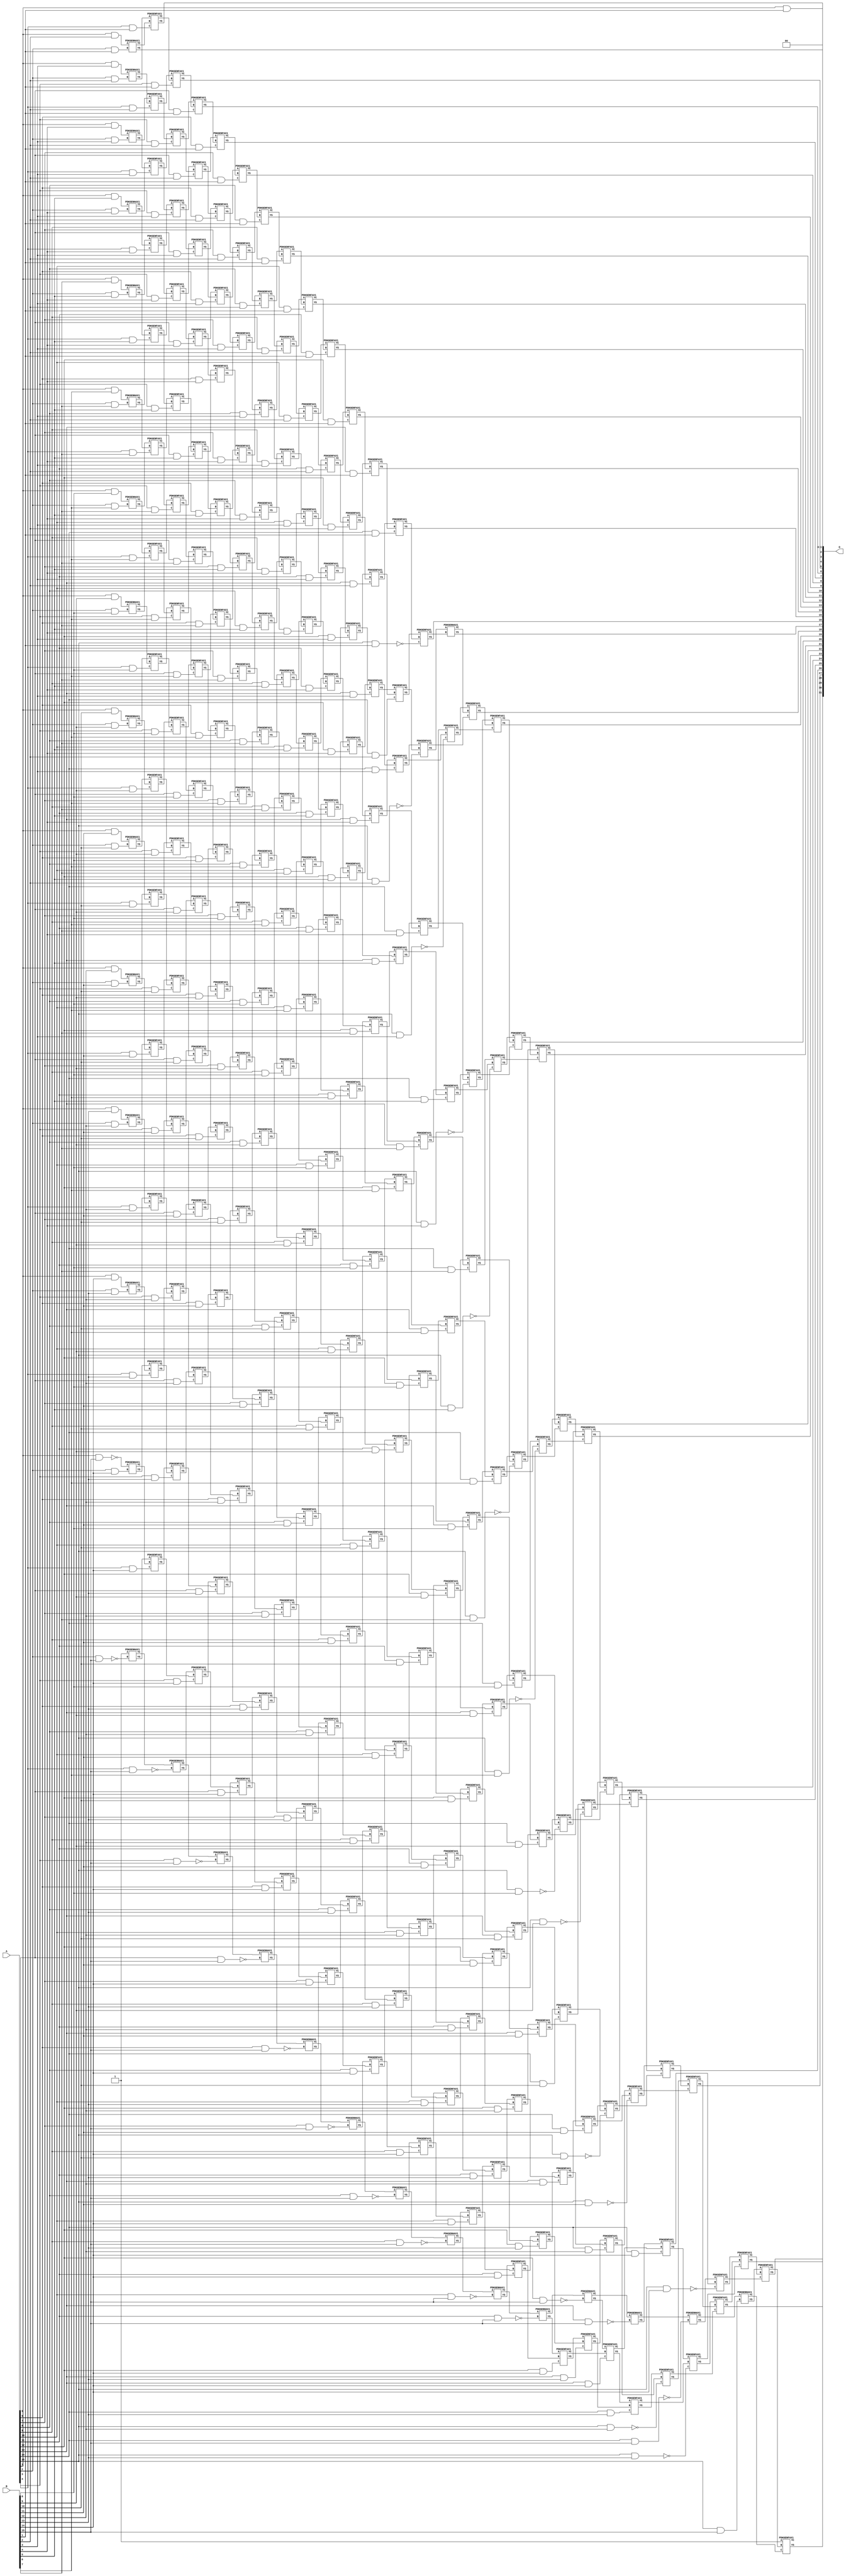
// This program was cloned from: https://github.com/ehw-fit/evoapproxlib
// License: MIT License

/***
* This code is a part of EvoApproxLib library (ehw.fit.vutbr.cz/approxlib) distributed under The MIT License.
* When used, please cite the following article(s): V. Mrazek, Z. Vasicek, L. Sekanina, H. Jiang and J. Han, "Scalable Construction of Approximate Multipliers With Formally Guaranteed Worst Case Error" in IEEE Transactions on Very Large Scale Integration (VLSI) Systems, vol. 26, no. 11, pp. 2572-2576, Nov. 2018. doi: 10.1109/TVLSI.2018.2856362 
* This file contains a circuit from a sub-set of pareto optimal circuits with respect to the pwr and mae parameters
***/
// MAE% = 0.00032 %
// MAE = 13653 
// WCE% = 0.0015 %
// WCE = 65535 
// WCRE% = 300.00 %
// EP% = 75.00 %
// MRE% = 0.034 %
// MSE = 35791.394e4 
// PDK45_PWR = 2.130 mW
// PDK45_AREA = 2576.5 um2
// PDK45_DELAY = 2.98 ns


module mul16s_HDG ( A, B, O );
  input [15:0] A;
  input [15:0] B;
  output [31:0] O;

  wire C_10_1,C_10_10,C_10_11,C_10_12,C_10_13,C_10_14,C_10_15,C_10_2,C_10_3,C_10_4,C_10_5,C_10_6,C_10_7,C_10_8,C_10_9,C_11_1,C_11_10,C_11_11,C_11_12,C_11_13,C_11_14,C_11_15,C_11_2,C_11_3,C_11_4,C_11_5,C_11_6,C_11_7,C_11_8,C_11_9,C_12_1,C_12_10,C_12_11,C_12_12,C_12_13,C_12_14,C_12_15,C_12_2,C_12_3,C_12_4,C_12_5,C_12_6,C_12_7,C_12_8,C_12_9,C_13_1,C_13_10,C_13_11,C_13_12,C_13_13,C_13_14,C_13_15,C_13_2,C_13_3,C_13_4,C_13_5,C_13_6,C_13_7,C_13_8,C_13_9,C_14_1,C_14_10,C_14_11,C_14_12,C_14_13,C_14_14,C_14_15,C_14_2,C_14_3,C_14_4,C_14_5,C_14_6,C_14_7,C_14_8,C_14_9,C_15_1,C_15_10,C_15_11,C_15_12,C_15_13,C_15_14,C_15_15,C_15_2,C_15_3,C_15_4,C_15_5,C_15_6,C_15_7,C_15_8,C_15_9,C_16_1,C_16_10,C_16_11,C_16_12,C_16_13,C_16_14,C_16_15,C_16_2,C_16_3,C_16_4,C_16_5,C_16_6,C_16_7,C_16_8,C_16_9,C_2_1,C_2_10,C_2_11,C_2_12,C_2_13,C_2_14,C_2_15,C_2_2,C_2_3,C_2_4,C_2_5,C_2_6,C_2_7,C_2_8,C_2_9,C_3_1,C_3_10,C_3_11,C_3_12,C_3_13,C_3_14,C_3_15,C_3_2,C_3_3,C_3_4,C_3_5,C_3_6,C_3_7,C_3_8,C_3_9,C_4_1,C_4_10,C_4_11,C_4_12,C_4_13,C_4_14,C_4_15,C_4_2,C_4_3,C_4_4,C_4_5,C_4_6,C_4_7,C_4_8,C_4_9,C_5_1,C_5_10,C_5_11,C_5_12,C_5_13,C_5_14,C_5_15,C_5_2,C_5_3,C_5_4,C_5_5,C_5_6,C_5_7,C_5_8,C_5_9,C_6_1,C_6_10,C_6_11,C_6_12,C_6_13,C_6_14,C_6_15,C_6_2,C_6_3,C_6_4,C_6_5,C_6_6,C_6_7,C_6_8,C_6_9,C_7_1,C_7_10,C_7_11,C_7_12,C_7_13,C_7_14,C_7_15,C_7_2,C_7_3,C_7_4,C_7_5,C_7_6,C_7_7,C_7_8,C_7_9,C_8_1,C_8_10,C_8_11,C_8_12,C_8_13,C_8_14,C_8_15,C_8_2,C_8_3,C_8_4,C_8_5,C_8_6,C_8_7,C_8_8,C_8_9,C_9_1,C_9_10,C_9_11,C_9_12,C_9_13,C_9_14,C_9_15,C_9_2,C_9_3,C_9_4,C_9_5,C_9_6,C_9_7,C_9_8,C_9_9,S_10_0,S_10_1,S_10_10,S_10_11,S_10_12,S_10_13,S_10_14,S_10_15,S_10_2,S_10_3,S_10_4,S_10_5,S_10_6,S_10_7,S_10_8,S_10_9,S_11_0,S_11_1,S_11_10,S_11_11,S_11_12,S_11_13,S_11_14,S_11_15,S_11_2,S_11_3,S_11_4,S_11_5,S_11_6,S_11_7,S_11_8,S_11_9,S_12_0,S_12_1,S_12_10,S_12_11,S_12_12,S_12_13,S_12_14,S_12_15,S_12_2,S_12_3,S_12_4,S_12_5,S_12_6,S_12_7,S_12_8,S_12_9,S_13_0,S_13_1,S_13_10,S_13_11,S_13_12,S_13_13,S_13_14,S_13_15,S_13_2,S_13_3,S_13_4,S_13_5,S_13_6,S_13_7,S_13_8,S_13_9,S_14_0,S_14_1,S_14_10,S_14_11,S_14_12,S_14_13,S_14_14,S_14_15,S_14_2,S_14_3,S_14_4,S_14_5,S_14_6,S_14_7,S_14_8,S_14_9,S_15_0,S_15_1,S_15_10,S_15_11,S_15_12,S_15_13,S_15_14,S_15_15,S_15_2,S_15_3,S_15_4,S_15_5,S_15_6,S_15_7,S_15_8,S_15_9,S_16_0,S_16_1,S_16_10,S_16_11,S_16_12,S_16_13,S_16_14,S_16_15,S_16_2,S_16_3,S_16_4,S_16_5,S_16_6,S_16_7,S_16_8,S_16_9,S_1_1,S_1_10,S_1_11,S_1_12,S_1_13,S_1_14,S_1_15,S_1_2,S_1_3,S_1_4,S_1_5,S_1_6,S_1_7,S_1_8,S_1_9,S_2_0,S_2_1,S_2_10,S_2_11,S_2_12,S_2_13,S_2_14,S_2_15,S_2_2,S_2_3,S_2_4,S_2_5,S_2_6,S_2_7,S_2_8,S_2_9,S_3_0,S_3_1,S_3_10,S_3_11,S_3_12,S_3_13,S_3_14,S_3_15,S_3_2,S_3_3,S_3_4,S_3_5,S_3_6,S_3_7,S_3_8,S_3_9,S_4_0,S_4_1,S_4_10,S_4_11,S_4_12,S_4_13,S_4_14,S_4_15,S_4_2,S_4_3,S_4_4,S_4_5,S_4_6,S_4_7,S_4_8,S_4_9,S_5_0,S_5_1,S_5_10,S_5_11,S_5_12,S_5_13,S_5_14,S_5_15,S_5_2,S_5_3,S_5_4,S_5_5,S_5_6,S_5_7,S_5_8,S_5_9,S_6_0,S_6_1,S_6_10,S_6_11,S_6_12,S_6_13,S_6_14,S_6_15,S_6_2,S_6_3,S_6_4,S_6_5,S_6_6,S_6_7,S_6_8,S_6_9,S_7_0,S_7_1,S_7_10,S_7_11,S_7_12,S_7_13,S_7_14,S_7_15,S_7_2,S_7_3,S_7_4,S_7_5,S_7_6,S_7_7,S_7_8,S_7_9,S_8_0,S_8_1,S_8_10,S_8_11,S_8_12,S_8_13,S_8_14,S_8_15,S_8_2,S_8_3,S_8_4,S_8_5,S_8_6,S_8_7,S_8_8,S_8_9,S_9_0,S_9_1,S_9_10,S_9_11,S_9_12,S_9_13,S_9_14,S_9_15,S_9_2,S_9_3,S_9_4,S_9_5,S_9_6,S_9_7,S_9_8,S_9_9;

  assign S_1_1 = (A[1] & B[1]);
  assign S_1_2 = (A[1] & B[2]);
  assign S_1_3 = (A[1] & B[3]);
  assign S_1_4 = (A[1] & B[4]);
  assign S_1_5 = (A[1] & B[5]);
  assign S_1_6 = (A[1] & B[6]);
  assign S_1_7 = (A[1] & B[7]);
  assign S_1_8 = (A[1] & B[8]);
  assign S_1_9 = (A[1] & B[9]);
  assign S_1_10 = (A[1] & B[10]);
  assign S_1_11 = (A[1] & B[11]);
  assign S_1_12 = (A[1] & B[12]);
  assign S_1_13 = (A[1] & B[13]);
  assign S_1_14 = (A[1] & B[14]);
  assign S_1_15 = ~(A[1] & B[15]);
  assign S_2_0 = S_1_1;
  PDKGENHAX1 U5474 (.A(S_1_2), .B((A[2] & B[1])), .YS(S_2_1), .YC(C_2_1));
  PDKGENHAX1 U5475 (.A(S_1_3), .B((A[2] & B[2])), .YS(S_2_2), .YC(C_2_2));
  PDKGENHAX1 U5476 (.A(S_1_4), .B((A[2] & B[3])), .YS(S_2_3), .YC(C_2_3));
  PDKGENHAX1 U5477 (.A(S_1_5), .B((A[2] & B[4])), .YS(S_2_4), .YC(C_2_4));
  PDKGENHAX1 U5478 (.A(S_1_6), .B((A[2] & B[5])), .YS(S_2_5), .YC(C_2_5));
  PDKGENHAX1 U5479 (.A(S_1_7), .B((A[2] & B[6])), .YS(S_2_6), .YC(C_2_6));
  PDKGENHAX1 U5480 (.A(S_1_8), .B((A[2] & B[7])), .YS(S_2_7), .YC(C_2_7));
  PDKGENHAX1 U5481 (.A(S_1_9), .B((A[2] & B[8])), .YS(S_2_8), .YC(C_2_8));
  PDKGENHAX1 U5482 (.A(S_1_10), .B((A[2] & B[9])), .YS(S_2_9), .YC(C_2_9));
  PDKGENHAX1 U5483 (.A(S_1_11), .B((A[2] & B[10])), .YS(S_2_10), .YC(C_2_10));
  PDKGENHAX1 U5484 (.A(S_1_12), .B((A[2] & B[11])), .YS(S_2_11), .YC(C_2_11));
  PDKGENHAX1 U5485 (.A(S_1_13), .B((A[2] & B[12])), .YS(S_2_12), .YC(C_2_12));
  PDKGENHAX1 U5486 (.A(S_1_14), .B((A[2] & B[13])), .YS(S_2_13), .YC(C_2_13));
  PDKGENHAX1 U5487 (.A(S_1_15), .B((A[2] & B[14])), .YS(S_2_14), .YC(C_2_14));
  PDKGENHAX1 U5488 (.A(1'b1), .B(~(A[2] & B[15])), .YS(S_2_15), .YC(C_2_15));
  assign S_3_0 = S_2_1;
  PDKGENFAX1 U5490 (.A(S_2_2), .B(C_2_1), .C((A[3] & B[1])), .YS(S_3_1), .YC(C_3_1));
  PDKGENFAX1 U5491 (.A(S_2_3), .B(C_2_2), .C((A[3] & B[2])), .YS(S_3_2), .YC(C_3_2));
  PDKGENFAX1 U5492 (.A(S_2_4), .B(C_2_3), .C((A[3] & B[3])), .YS(S_3_3), .YC(C_3_3));
  PDKGENFAX1 U5493 (.A(S_2_5), .B(C_2_4), .C((A[3] & B[4])), .YS(S_3_4), .YC(C_3_4));
  PDKGENFAX1 U5494 (.A(S_2_6), .B(C_2_5), .C((A[3] & B[5])), .YS(S_3_5), .YC(C_3_5));
  PDKGENFAX1 U5495 (.A(S_2_7), .B(C_2_6), .C((A[3] & B[6])), .YS(S_3_6), .YC(C_3_6));
  PDKGENFAX1 U5496 (.A(S_2_8), .B(C_2_7), .C((A[3] & B[7])), .YS(S_3_7), .YC(C_3_7));
  PDKGENFAX1 U5497 (.A(S_2_9), .B(C_2_8), .C((A[3] & B[8])), .YS(S_3_8), .YC(C_3_8));
  PDKGENFAX1 U5498 (.A(S_2_10), .B(C_2_9), .C((A[3] & B[9])), .YS(S_3_9), .YC(C_3_9));
  PDKGENFAX1 U5499 (.A(S_2_11), .B(C_2_10), .C((A[3] & B[10])), .YS(S_3_10), .YC(C_3_10));
  PDKGENFAX1 U5500 (.A(S_2_12), .B(C_2_11), .C((A[3] & B[11])), .YS(S_3_11), .YC(C_3_11));
  PDKGENFAX1 U5501 (.A(S_2_13), .B(C_2_12), .C((A[3] & B[12])), .YS(S_3_12), .YC(C_3_12));
  PDKGENFAX1 U5502 (.A(S_2_14), .B(C_2_13), .C((A[3] & B[13])), .YS(S_3_13), .YC(C_3_13));
  PDKGENFAX1 U5503 (.A(S_2_15), .B(C_2_14), .C((A[3] & B[14])), .YS(S_3_14), .YC(C_3_14));
  PDKGENHAX1 U5504 (.A(C_2_15), .B(~(A[3] & B[15])), .YS(S_3_15), .YC(C_3_15));
  assign S_4_0 = S_3_1;
  PDKGENFAX1 U5506 (.A(S_3_2), .B(C_3_1), .C((A[4] & B[1])), .YS(S_4_1), .YC(C_4_1));
  PDKGENFAX1 U5507 (.A(S_3_3), .B(C_3_2), .C((A[4] & B[2])), .YS(S_4_2), .YC(C_4_2));
  PDKGENFAX1 U5508 (.A(S_3_4), .B(C_3_3), .C((A[4] & B[3])), .YS(S_4_3), .YC(C_4_3));
  PDKGENFAX1 U5509 (.A(S_3_5), .B(C_3_4), .C((A[4] & B[4])), .YS(S_4_4), .YC(C_4_4));
  PDKGENFAX1 U5510 (.A(S_3_6), .B(C_3_5), .C((A[4] & B[5])), .YS(S_4_5), .YC(C_4_5));
  PDKGENFAX1 U5511 (.A(S_3_7), .B(C_3_6), .C((A[4] & B[6])), .YS(S_4_6), .YC(C_4_6));
  PDKGENFAX1 U5512 (.A(S_3_8), .B(C_3_7), .C((A[4] & B[7])), .YS(S_4_7), .YC(C_4_7));
  PDKGENFAX1 U5513 (.A(S_3_9), .B(C_3_8), .C((A[4] & B[8])), .YS(S_4_8), .YC(C_4_8));
  PDKGENFAX1 U5514 (.A(S_3_10), .B(C_3_9), .C((A[4] & B[9])), .YS(S_4_9), .YC(C_4_9));
  PDKGENFAX1 U5515 (.A(S_3_11), .B(C_3_10), .C((A[4] & B[10])), .YS(S_4_10), .YC(C_4_10));
  PDKGENFAX1 U5516 (.A(S_3_12), .B(C_3_11), .C((A[4] & B[11])), .YS(S_4_11), .YC(C_4_11));
  PDKGENFAX1 U5517 (.A(S_3_13), .B(C_3_12), .C((A[4] & B[12])), .YS(S_4_12), .YC(C_4_12));
  PDKGENFAX1 U5518 (.A(S_3_14), .B(C_3_13), .C((A[4] & B[13])), .YS(S_4_13), .YC(C_4_13));
  PDKGENFAX1 U5519 (.A(S_3_15), .B(C_3_14), .C((A[4] & B[14])), .YS(S_4_14), .YC(C_4_14));
  PDKGENHAX1 U5520 (.A(C_3_15), .B(~(A[4] & B[15])), .YS(S_4_15), .YC(C_4_15));
  assign S_5_0 = S_4_1;
  PDKGENFAX1 U5522 (.A(S_4_2), .B(C_4_1), .C((A[5] & B[1])), .YS(S_5_1), .YC(C_5_1));
  PDKGENFAX1 U5523 (.A(S_4_3), .B(C_4_2), .C((A[5] & B[2])), .YS(S_5_2), .YC(C_5_2));
  PDKGENFAX1 U5524 (.A(S_4_4), .B(C_4_3), .C((A[5] & B[3])), .YS(S_5_3), .YC(C_5_3));
  PDKGENFAX1 U5525 (.A(S_4_5), .B(C_4_4), .C((A[5] & B[4])), .YS(S_5_4), .YC(C_5_4));
  PDKGENFAX1 U5526 (.A(S_4_6), .B(C_4_5), .C((A[5] & B[5])), .YS(S_5_5), .YC(C_5_5));
  PDKGENFAX1 U5527 (.A(S_4_7), .B(C_4_6), .C((A[5] & B[6])), .YS(S_5_6), .YC(C_5_6));
  PDKGENFAX1 U5528 (.A(S_4_8), .B(C_4_7), .C((A[5] & B[7])), .YS(S_5_7), .YC(C_5_7));
  PDKGENFAX1 U5529 (.A(S_4_9), .B(C_4_8), .C((A[5] & B[8])), .YS(S_5_8), .YC(C_5_8));
  PDKGENFAX1 U5530 (.A(S_4_10), .B(C_4_9), .C((A[5] & B[9])), .YS(S_5_9), .YC(C_5_9));
  PDKGENFAX1 U5531 (.A(S_4_11), .B(C_4_10), .C((A[5] & B[10])), .YS(S_5_10), .YC(C_5_10));
  PDKGENFAX1 U5532 (.A(S_4_12), .B(C_4_11), .C((A[5] & B[11])), .YS(S_5_11), .YC(C_5_11));
  PDKGENFAX1 U5533 (.A(S_4_13), .B(C_4_12), .C((A[5] & B[12])), .YS(S_5_12), .YC(C_5_12));
  PDKGENFAX1 U5534 (.A(S_4_14), .B(C_4_13), .C((A[5] & B[13])), .YS(S_5_13), .YC(C_5_13));
  PDKGENFAX1 U5535 (.A(S_4_15), .B(C_4_14), .C((A[5] & B[14])), .YS(S_5_14), .YC(C_5_14));
  PDKGENHAX1 U5536 (.A(C_4_15), .B(~(A[5] & B[15])), .YS(S_5_15), .YC(C_5_15));
  assign S_6_0 = S_5_1;
  PDKGENFAX1 U5538 (.A(S_5_2), .B(C_5_1), .C((A[6] & B[1])), .YS(S_6_1), .YC(C_6_1));
  PDKGENFAX1 U5539 (.A(S_5_3), .B(C_5_2), .C((A[6] & B[2])), .YS(S_6_2), .YC(C_6_2));
  PDKGENFAX1 U5540 (.A(S_5_4), .B(C_5_3), .C((A[6] & B[3])), .YS(S_6_3), .YC(C_6_3));
  PDKGENFAX1 U5541 (.A(S_5_5), .B(C_5_4), .C((A[6] & B[4])), .YS(S_6_4), .YC(C_6_4));
  PDKGENFAX1 U5542 (.A(S_5_6), .B(C_5_5), .C((A[6] & B[5])), .YS(S_6_5), .YC(C_6_5));
  PDKGENFAX1 U5543 (.A(S_5_7), .B(C_5_6), .C((A[6] & B[6])), .YS(S_6_6), .YC(C_6_6));
  PDKGENFAX1 U5544 (.A(S_5_8), .B(C_5_7), .C((A[6] & B[7])), .YS(S_6_7), .YC(C_6_7));
  PDKGENFAX1 U5545 (.A(S_5_9), .B(C_5_8), .C((A[6] & B[8])), .YS(S_6_8), .YC(C_6_8));
  PDKGENFAX1 U5546 (.A(S_5_10), .B(C_5_9), .C((A[6] & B[9])), .YS(S_6_9), .YC(C_6_9));
  PDKGENFAX1 U5547 (.A(S_5_11), .B(C_5_10), .C((A[6] & B[10])), .YS(S_6_10), .YC(C_6_10));
  PDKGENFAX1 U5548 (.A(S_5_12), .B(C_5_11), .C((A[6] & B[11])), .YS(S_6_11), .YC(C_6_11));
  PDKGENFAX1 U5549 (.A(S_5_13), .B(C_5_12), .C((A[6] & B[12])), .YS(S_6_12), .YC(C_6_12));
  PDKGENFAX1 U5550 (.A(S_5_14), .B(C_5_13), .C((A[6] & B[13])), .YS(S_6_13), .YC(C_6_13));
  PDKGENFAX1 U5551 (.A(S_5_15), .B(C_5_14), .C((A[6] & B[14])), .YS(S_6_14), .YC(C_6_14));
  PDKGENHAX1 U5552 (.A(C_5_15), .B(~(A[6] & B[15])), .YS(S_6_15), .YC(C_6_15));
  assign S_7_0 = S_6_1;
  PDKGENFAX1 U5554 (.A(S_6_2), .B(C_6_1), .C((A[7] & B[1])), .YS(S_7_1), .YC(C_7_1));
  PDKGENFAX1 U5555 (.A(S_6_3), .B(C_6_2), .C((A[7] & B[2])), .YS(S_7_2), .YC(C_7_2));
  PDKGENFAX1 U5556 (.A(S_6_4), .B(C_6_3), .C((A[7] & B[3])), .YS(S_7_3), .YC(C_7_3));
  PDKGENFAX1 U5557 (.A(S_6_5), .B(C_6_4), .C((A[7] & B[4])), .YS(S_7_4), .YC(C_7_4));
  PDKGENFAX1 U5558 (.A(S_6_6), .B(C_6_5), .C((A[7] & B[5])), .YS(S_7_5), .YC(C_7_5));
  PDKGENFAX1 U5559 (.A(S_6_7), .B(C_6_6), .C((A[7] & B[6])), .YS(S_7_6), .YC(C_7_6));
  PDKGENFAX1 U5560 (.A(S_6_8), .B(C_6_7), .C((A[7] & B[7])), .YS(S_7_7), .YC(C_7_7));
  PDKGENFAX1 U5561 (.A(S_6_9), .B(C_6_8), .C((A[7] & B[8])), .YS(S_7_8), .YC(C_7_8));
  PDKGENFAX1 U5562 (.A(S_6_10), .B(C_6_9), .C((A[7] & B[9])), .YS(S_7_9), .YC(C_7_9));
  PDKGENFAX1 U5563 (.A(S_6_11), .B(C_6_10), .C((A[7] & B[10])), .YS(S_7_10), .YC(C_7_10));
  PDKGENFAX1 U5564 (.A(S_6_12), .B(C_6_11), .C((A[7] & B[11])), .YS(S_7_11), .YC(C_7_11));
  PDKGENFAX1 U5565 (.A(S_6_13), .B(C_6_12), .C((A[7] & B[12])), .YS(S_7_12), .YC(C_7_12));
  PDKGENFAX1 U5566 (.A(S_6_14), .B(C_6_13), .C((A[7] & B[13])), .YS(S_7_13), .YC(C_7_13));
  PDKGENFAX1 U5567 (.A(S_6_15), .B(C_6_14), .C((A[7] & B[14])), .YS(S_7_14), .YC(C_7_14));
  PDKGENHAX1 U5568 (.A(C_6_15), .B(~(A[7] & B[15])), .YS(S_7_15), .YC(C_7_15));
  assign S_8_0 = S_7_1;
  PDKGENFAX1 U5570 (.A(S_7_2), .B(C_7_1), .C((A[8] & B[1])), .YS(S_8_1), .YC(C_8_1));
  PDKGENFAX1 U5571 (.A(S_7_3), .B(C_7_2), .C((A[8] & B[2])), .YS(S_8_2), .YC(C_8_2));
  PDKGENFAX1 U5572 (.A(S_7_4), .B(C_7_3), .C((A[8] & B[3])), .YS(S_8_3), .YC(C_8_3));
  PDKGENFAX1 U5573 (.A(S_7_5), .B(C_7_4), .C((A[8] & B[4])), .YS(S_8_4), .YC(C_8_4));
  PDKGENFAX1 U5574 (.A(S_7_6), .B(C_7_5), .C((A[8] & B[5])), .YS(S_8_5), .YC(C_8_5));
  PDKGENFAX1 U5575 (.A(S_7_7), .B(C_7_6), .C((A[8] & B[6])), .YS(S_8_6), .YC(C_8_6));
  PDKGENFAX1 U5576 (.A(S_7_8), .B(C_7_7), .C((A[8] & B[7])), .YS(S_8_7), .YC(C_8_7));
  PDKGENFAX1 U5577 (.A(S_7_9), .B(C_7_8), .C((A[8] & B[8])), .YS(S_8_8), .YC(C_8_8));
  PDKGENFAX1 U5578 (.A(S_7_10), .B(C_7_9), .C((A[8] & B[9])), .YS(S_8_9), .YC(C_8_9));
  PDKGENFAX1 U5579 (.A(S_7_11), .B(C_7_10), .C((A[8] & B[10])), .YS(S_8_10), .YC(C_8_10));
  PDKGENFAX1 U5580 (.A(S_7_12), .B(C_7_11), .C((A[8] & B[11])), .YS(S_8_11), .YC(C_8_11));
  PDKGENFAX1 U5581 (.A(S_7_13), .B(C_7_12), .C((A[8] & B[12])), .YS(S_8_12), .YC(C_8_12));
  PDKGENFAX1 U5582 (.A(S_7_14), .B(C_7_13), .C((A[8] & B[13])), .YS(S_8_13), .YC(C_8_13));
  PDKGENFAX1 U5583 (.A(S_7_15), .B(C_7_14), .C((A[8] & B[14])), .YS(S_8_14), .YC(C_8_14));
  PDKGENHAX1 U5584 (.A(C_7_15), .B(~(A[8] & B[15])), .YS(S_8_15), .YC(C_8_15));
  assign S_9_0 = S_8_1;
  PDKGENFAX1 U5586 (.A(S_8_2), .B(C_8_1), .C((A[9] & B[1])), .YS(S_9_1), .YC(C_9_1));
  PDKGENFAX1 U5587 (.A(S_8_3), .B(C_8_2), .C((A[9] & B[2])), .YS(S_9_2), .YC(C_9_2));
  PDKGENFAX1 U5588 (.A(S_8_4), .B(C_8_3), .C((A[9] & B[3])), .YS(S_9_3), .YC(C_9_3));
  PDKGENFAX1 U5589 (.A(S_8_5), .B(C_8_4), .C((A[9] & B[4])), .YS(S_9_4), .YC(C_9_4));
  PDKGENFAX1 U5590 (.A(S_8_6), .B(C_8_5), .C((A[9] & B[5])), .YS(S_9_5), .YC(C_9_5));
  PDKGENFAX1 U5591 (.A(S_8_7), .B(C_8_6), .C((A[9] & B[6])), .YS(S_9_6), .YC(C_9_6));
  PDKGENFAX1 U5592 (.A(S_8_8), .B(C_8_7), .C((A[9] & B[7])), .YS(S_9_7), .YC(C_9_7));
  PDKGENFAX1 U5593 (.A(S_8_9), .B(C_8_8), .C((A[9] & B[8])), .YS(S_9_8), .YC(C_9_8));
  PDKGENFAX1 U5594 (.A(S_8_10), .B(C_8_9), .C((A[9] & B[9])), .YS(S_9_9), .YC(C_9_9));
  PDKGENFAX1 U5595 (.A(S_8_11), .B(C_8_10), .C((A[9] & B[10])), .YS(S_9_10), .YC(C_9_10));
  PDKGENFAX1 U5596 (.A(S_8_12), .B(C_8_11), .C((A[9] & B[11])), .YS(S_9_11), .YC(C_9_11));
  PDKGENFAX1 U5597 (.A(S_8_13), .B(C_8_12), .C((A[9] & B[12])), .YS(S_9_12), .YC(C_9_12));
  PDKGENFAX1 U5598 (.A(S_8_14), .B(C_8_13), .C((A[9] & B[13])), .YS(S_9_13), .YC(C_9_13));
  PDKGENFAX1 U5599 (.A(S_8_15), .B(C_8_14), .C((A[9] & B[14])), .YS(S_9_14), .YC(C_9_14));
  PDKGENHAX1 U5600 (.A(C_8_15), .B(~(A[9] & B[15])), .YS(S_9_15), .YC(C_9_15));
  assign S_10_0 = S_9_1;
  PDKGENFAX1 U5602 (.A(S_9_2), .B(C_9_1), .C((A[10] & B[1])), .YS(S_10_1), .YC(C_10_1));
  PDKGENFAX1 U5603 (.A(S_9_3), .B(C_9_2), .C((A[10] & B[2])), .YS(S_10_2), .YC(C_10_2));
  PDKGENFAX1 U5604 (.A(S_9_4), .B(C_9_3), .C((A[10] & B[3])), .YS(S_10_3), .YC(C_10_3));
  PDKGENFAX1 U5605 (.A(S_9_5), .B(C_9_4), .C((A[10] & B[4])), .YS(S_10_4), .YC(C_10_4));
  PDKGENFAX1 U5606 (.A(S_9_6), .B(C_9_5), .C((A[10] & B[5])), .YS(S_10_5), .YC(C_10_5));
  PDKGENFAX1 U5607 (.A(S_9_7), .B(C_9_6), .C((A[10] & B[6])), .YS(S_10_6), .YC(C_10_6));
  PDKGENFAX1 U5608 (.A(S_9_8), .B(C_9_7), .C((A[10] & B[7])), .YS(S_10_7), .YC(C_10_7));
  PDKGENFAX1 U5609 (.A(S_9_9), .B(C_9_8), .C((A[10] & B[8])), .YS(S_10_8), .YC(C_10_8));
  PDKGENFAX1 U5610 (.A(S_9_10), .B(C_9_9), .C((A[10] & B[9])), .YS(S_10_9), .YC(C_10_9));
  PDKGENFAX1 U5611 (.A(S_9_11), .B(C_9_10), .C((A[10] & B[10])), .YS(S_10_10), .YC(C_10_10));
  PDKGENFAX1 U5612 (.A(S_9_12), .B(C_9_11), .C((A[10] & B[11])), .YS(S_10_11), .YC(C_10_11));
  PDKGENFAX1 U5613 (.A(S_9_13), .B(C_9_12), .C((A[10] & B[12])), .YS(S_10_12), .YC(C_10_12));
  PDKGENFAX1 U5614 (.A(S_9_14), .B(C_9_13), .C((A[10] & B[13])), .YS(S_10_13), .YC(C_10_13));
  PDKGENFAX1 U5615 (.A(S_9_15), .B(C_9_14), .C((A[10] & B[14])), .YS(S_10_14), .YC(C_10_14));
  PDKGENHAX1 U5616 (.A(C_9_15), .B(~(A[10] & B[15])), .YS(S_10_15), .YC(C_10_15));
  assign S_11_0 = S_10_1;
  PDKGENFAX1 U5618 (.A(S_10_2), .B(C_10_1), .C((A[11] & B[1])), .YS(S_11_1), .YC(C_11_1));
  PDKGENFAX1 U5619 (.A(S_10_3), .B(C_10_2), .C((A[11] & B[2])), .YS(S_11_2), .YC(C_11_2));
  PDKGENFAX1 U5620 (.A(S_10_4), .B(C_10_3), .C((A[11] & B[3])), .YS(S_11_3), .YC(C_11_3));
  PDKGENFAX1 U5621 (.A(S_10_5), .B(C_10_4), .C((A[11] & B[4])), .YS(S_11_4), .YC(C_11_4));
  PDKGENFAX1 U5622 (.A(S_10_6), .B(C_10_5), .C((A[11] & B[5])), .YS(S_11_5), .YC(C_11_5));
  PDKGENFAX1 U5623 (.A(S_10_7), .B(C_10_6), .C((A[11] & B[6])), .YS(S_11_6), .YC(C_11_6));
  PDKGENFAX1 U5624 (.A(S_10_8), .B(C_10_7), .C((A[11] & B[7])), .YS(S_11_7), .YC(C_11_7));
  PDKGENFAX1 U5625 (.A(S_10_9), .B(C_10_8), .C((A[11] & B[8])), .YS(S_11_8), .YC(C_11_8));
  PDKGENFAX1 U5626 (.A(S_10_10), .B(C_10_9), .C((A[11] & B[9])), .YS(S_11_9), .YC(C_11_9));
  PDKGENFAX1 U5627 (.A(S_10_11), .B(C_10_10), .C((A[11] & B[10])), .YS(S_11_10), .YC(C_11_10));
  PDKGENFAX1 U5628 (.A(S_10_12), .B(C_10_11), .C((A[11] & B[11])), .YS(S_11_11), .YC(C_11_11));
  PDKGENFAX1 U5629 (.A(S_10_13), .B(C_10_12), .C((A[11] & B[12])), .YS(S_11_12), .YC(C_11_12));
  PDKGENFAX1 U5630 (.A(S_10_14), .B(C_10_13), .C((A[11] & B[13])), .YS(S_11_13), .YC(C_11_13));
  PDKGENFAX1 U5631 (.A(S_10_15), .B(C_10_14), .C((A[11] & B[14])), .YS(S_11_14), .YC(C_11_14));
  PDKGENHAX1 U5632 (.A(C_10_15), .B(~(A[11] & B[15])), .YS(S_11_15), .YC(C_11_15));
  assign S_12_0 = S_11_1;
  PDKGENFAX1 U5634 (.A(S_11_2), .B(C_11_1), .C((A[12] & B[1])), .YS(S_12_1), .YC(C_12_1));
  PDKGENFAX1 U5635 (.A(S_11_3), .B(C_11_2), .C((A[12] & B[2])), .YS(S_12_2), .YC(C_12_2));
  PDKGENFAX1 U5636 (.A(S_11_4), .B(C_11_3), .C((A[12] & B[3])), .YS(S_12_3), .YC(C_12_3));
  PDKGENFAX1 U5637 (.A(S_11_5), .B(C_11_4), .C((A[12] & B[4])), .YS(S_12_4), .YC(C_12_4));
  PDKGENFAX1 U5638 (.A(S_11_6), .B(C_11_5), .C((A[12] & B[5])), .YS(S_12_5), .YC(C_12_5));
  PDKGENFAX1 U5639 (.A(S_11_7), .B(C_11_6), .C((A[12] & B[6])), .YS(S_12_6), .YC(C_12_6));
  PDKGENFAX1 U5640 (.A(S_11_8), .B(C_11_7), .C((A[12] & B[7])), .YS(S_12_7), .YC(C_12_7));
  PDKGENFAX1 U5641 (.A(S_11_9), .B(C_11_8), .C((A[12] & B[8])), .YS(S_12_8), .YC(C_12_8));
  PDKGENFAX1 U5642 (.A(S_11_10), .B(C_11_9), .C((A[12] & B[9])), .YS(S_12_9), .YC(C_12_9));
  PDKGENFAX1 U5643 (.A(S_11_11), .B(C_11_10), .C((A[12] & B[10])), .YS(S_12_10), .YC(C_12_10));
  PDKGENFAX1 U5644 (.A(S_11_12), .B(C_11_11), .C((A[12] & B[11])), .YS(S_12_11), .YC(C_12_11));
  PDKGENFAX1 U5645 (.A(S_11_13), .B(C_11_12), .C((A[12] & B[12])), .YS(S_12_12), .YC(C_12_12));
  PDKGENFAX1 U5646 (.A(S_11_14), .B(C_11_13), .C((A[12] & B[13])), .YS(S_12_13), .YC(C_12_13));
  PDKGENFAX1 U5647 (.A(S_11_15), .B(C_11_14), .C((A[12] & B[14])), .YS(S_12_14), .YC(C_12_14));
  PDKGENHAX1 U5648 (.A(C_11_15), .B(~(A[12] & B[15])), .YS(S_12_15), .YC(C_12_15));
  assign S_13_0 = S_12_1;
  PDKGENFAX1 U5650 (.A(S_12_2), .B(C_12_1), .C((A[13] & B[1])), .YS(S_13_1), .YC(C_13_1));
  PDKGENFAX1 U5651 (.A(S_12_3), .B(C_12_2), .C((A[13] & B[2])), .YS(S_13_2), .YC(C_13_2));
  PDKGENFAX1 U5652 (.A(S_12_4), .B(C_12_3), .C((A[13] & B[3])), .YS(S_13_3), .YC(C_13_3));
  PDKGENFAX1 U5653 (.A(S_12_5), .B(C_12_4), .C((A[13] & B[4])), .YS(S_13_4), .YC(C_13_4));
  PDKGENFAX1 U5654 (.A(S_12_6), .B(C_12_5), .C((A[13] & B[5])), .YS(S_13_5), .YC(C_13_5));
  PDKGENFAX1 U5655 (.A(S_12_7), .B(C_12_6), .C((A[13] & B[6])), .YS(S_13_6), .YC(C_13_6));
  PDKGENFAX1 U5656 (.A(S_12_8), .B(C_12_7), .C((A[13] & B[7])), .YS(S_13_7), .YC(C_13_7));
  PDKGENFAX1 U5657 (.A(S_12_9), .B(C_12_8), .C((A[13] & B[8])), .YS(S_13_8), .YC(C_13_8));
  PDKGENFAX1 U5658 (.A(S_12_10), .B(C_12_9), .C((A[13] & B[9])), .YS(S_13_9), .YC(C_13_9));
  PDKGENFAX1 U5659 (.A(S_12_11), .B(C_12_10), .C((A[13] & B[10])), .YS(S_13_10), .YC(C_13_10));
  PDKGENFAX1 U5660 (.A(S_12_12), .B(C_12_11), .C((A[13] & B[11])), .YS(S_13_11), .YC(C_13_11));
  PDKGENFAX1 U5661 (.A(S_12_13), .B(C_12_12), .C((A[13] & B[12])), .YS(S_13_12), .YC(C_13_12));
  PDKGENFAX1 U5662 (.A(S_12_14), .B(C_12_13), .C((A[13] & B[13])), .YS(S_13_13), .YC(C_13_13));
  PDKGENFAX1 U5663 (.A(S_12_15), .B(C_12_14), .C((A[13] & B[14])), .YS(S_13_14), .YC(C_13_14));
  PDKGENHAX1 U5664 (.A(C_12_15), .B(~(A[13] & B[15])), .YS(S_13_15), .YC(C_13_15));
  assign S_14_0 = S_13_1;
  PDKGENFAX1 U5666 (.A(S_13_2), .B(C_13_1), .C((A[14] & B[1])), .YS(S_14_1), .YC(C_14_1));
  PDKGENFAX1 U5667 (.A(S_13_3), .B(C_13_2), .C((A[14] & B[2])), .YS(S_14_2), .YC(C_14_2));
  PDKGENFAX1 U5668 (.A(S_13_4), .B(C_13_3), .C((A[14] & B[3])), .YS(S_14_3), .YC(C_14_3));
  PDKGENFAX1 U5669 (.A(S_13_5), .B(C_13_4), .C((A[14] & B[4])), .YS(S_14_4), .YC(C_14_4));
  PDKGENFAX1 U5670 (.A(S_13_6), .B(C_13_5), .C((A[14] & B[5])), .YS(S_14_5), .YC(C_14_5));
  PDKGENFAX1 U5671 (.A(S_13_7), .B(C_13_6), .C((A[14] & B[6])), .YS(S_14_6), .YC(C_14_6));
  PDKGENFAX1 U5672 (.A(S_13_8), .B(C_13_7), .C((A[14] & B[7])), .YS(S_14_7), .YC(C_14_7));
  PDKGENFAX1 U5673 (.A(S_13_9), .B(C_13_8), .C((A[14] & B[8])), .YS(S_14_8), .YC(C_14_8));
  PDKGENFAX1 U5674 (.A(S_13_10), .B(C_13_9), .C((A[14] & B[9])), .YS(S_14_9), .YC(C_14_9));
  PDKGENFAX1 U5675 (.A(S_13_11), .B(C_13_10), .C((A[14] & B[10])), .YS(S_14_10), .YC(C_14_10));
  PDKGENFAX1 U5676 (.A(S_13_12), .B(C_13_11), .C((A[14] & B[11])), .YS(S_14_11), .YC(C_14_11));
  PDKGENFAX1 U5677 (.A(S_13_13), .B(C_13_12), .C((A[14] & B[12])), .YS(S_14_12), .YC(C_14_12));
  PDKGENFAX1 U5678 (.A(S_13_14), .B(C_13_13), .C((A[14] & B[13])), .YS(S_14_13), .YC(C_14_13));
  PDKGENFAX1 U5679 (.A(S_13_15), .B(C_13_14), .C((A[14] & B[14])), .YS(S_14_14), .YC(C_14_14));
  PDKGENHAX1 U5680 (.A(C_13_15), .B(~(A[14] & B[15])), .YS(S_14_15), .YC(C_14_15));
  assign S_15_0 = S_14_1;
  PDKGENFAX1 U5682 (.A(S_14_2), .B(C_14_1), .C(~(A[15] & B[1])), .YS(S_15_1), .YC(C_15_1));
  PDKGENFAX1 U5683 (.A(S_14_3), .B(C_14_2), .C(~(A[15] & B[2])), .YS(S_15_2), .YC(C_15_2));
  PDKGENFAX1 U5684 (.A(S_14_4), .B(C_14_3), .C(~(A[15] & B[3])), .YS(S_15_3), .YC(C_15_3));
  PDKGENFAX1 U5685 (.A(S_14_5), .B(C_14_4), .C(~(A[15] & B[4])), .YS(S_15_4), .YC(C_15_4));
  PDKGENFAX1 U5686 (.A(S_14_6), .B(C_14_5), .C(~(A[15] & B[5])), .YS(S_15_5), .YC(C_15_5));
  PDKGENFAX1 U5687 (.A(S_14_7), .B(C_14_6), .C(~(A[15] & B[6])), .YS(S_15_6), .YC(C_15_6));
  PDKGENFAX1 U5688 (.A(S_14_8), .B(C_14_7), .C(~(A[15] & B[7])), .YS(S_15_7), .YC(C_15_7));
  PDKGENFAX1 U5689 (.A(S_14_9), .B(C_14_8), .C(~(A[15] & B[8])), .YS(S_15_8), .YC(C_15_8));
  PDKGENFAX1 U5690 (.A(S_14_10), .B(C_14_9), .C(~(A[15] & B[9])), .YS(S_15_9), .YC(C_15_9));
  PDKGENFAX1 U5691 (.A(S_14_11), .B(C_14_10), .C(~(A[15] & B[10])), .YS(S_15_10), .YC(C_15_10));
  PDKGENFAX1 U5692 (.A(S_14_12), .B(C_14_11), .C(~(A[15] & B[11])), .YS(S_15_11), .YC(C_15_11));
  PDKGENFAX1 U5693 (.A(S_14_13), .B(C_14_12), .C(~(A[15] & B[12])), .YS(S_15_12), .YC(C_15_12));
  PDKGENFAX1 U5694 (.A(S_14_14), .B(C_14_13), .C(~(A[15] & B[13])), .YS(S_15_13), .YC(C_15_13));
  PDKGENFAX1 U5695 (.A(S_14_15), .B(C_14_14), .C(~(A[15] & B[14])), .YS(S_15_14), .YC(C_15_14));
  PDKGENHAX1 U5696 (.A(C_14_15), .B((A[15] & B[15])), .YS(S_15_15), .YC(C_15_15));
  assign S_16_0 = S_15_1;
  PDKGENHAX1 U5698 (.A(S_15_2), .B(C_15_1), .YS(S_16_1), .YC(C_16_1));
  PDKGENFAX1 U5699 (.A(S_15_3), .B(C_16_1), .C(C_15_2), .YS(S_16_2), .YC(C_16_2));
  PDKGENFAX1 U5700 (.A(S_15_4), .B(C_16_2), .C(C_15_3), .YS(S_16_3), .YC(C_16_3));
  PDKGENFAX1 U5701 (.A(S_15_5), .B(C_16_3), .C(C_15_4), .YS(S_16_4), .YC(C_16_4));
  PDKGENFAX1 U5702 (.A(S_15_6), .B(C_16_4), .C(C_15_5), .YS(S_16_5), .YC(C_16_5));
  PDKGENFAX1 U5703 (.A(S_15_7), .B(C_16_5), .C(C_15_6), .YS(S_16_6), .YC(C_16_6));
  PDKGENFAX1 U5704 (.A(S_15_8), .B(C_16_6), .C(C_15_7), .YS(S_16_7), .YC(C_16_7));
  PDKGENFAX1 U5705 (.A(S_15_9), .B(C_16_7), .C(C_15_8), .YS(S_16_8), .YC(C_16_8));
  PDKGENFAX1 U5706 (.A(S_15_10), .B(C_16_8), .C(C_15_9), .YS(S_16_9), .YC(C_16_9));
  PDKGENFAX1 U5707 (.A(S_15_11), .B(C_16_9), .C(C_15_10), .YS(S_16_10), .YC(C_16_10));
  PDKGENFAX1 U5708 (.A(S_15_12), .B(C_16_10), .C(C_15_11), .YS(S_16_11), .YC(C_16_11));
  PDKGENFAX1 U5709 (.A(S_15_13), .B(C_16_11), .C(C_15_12), .YS(S_16_12), .YC(C_16_12));
  PDKGENFAX1 U5710 (.A(S_15_14), .B(C_16_12), .C(C_15_13), .YS(S_16_13), .YC(C_16_13));
  PDKGENFAX1 U5711 (.A(S_15_15), .B(C_16_13), .C(C_15_14), .YS(S_16_14), .YC(C_16_14));
  PDKGENFAX1 U5712 (.A(1'b1), .B(C_16_14), .C(C_15_15), .YS(S_16_15), .YC(C_16_15));
  assign O = {S_16_15,S_16_14,S_16_13,S_16_12,S_16_11,S_16_10,S_16_9,S_16_8,S_16_7,S_16_6,S_16_5,S_16_4,S_16_3,S_16_2,S_16_1,S_16_0,S_15_0,S_14_0,S_13_0,S_12_0,S_11_0,S_10_0,S_9_0,S_8_0,S_7_0,S_6_0,S_5_0,S_4_0,S_3_0,S_2_0,1'b0,1'b0};

endmodule

/* mod */
module PDKGENHAX1( input A, input B, output YS, output YC );
    assign YS = A ^ B;
    assign YC = A & B;
endmodule
/* mod */
module PDKGENFAX1( input A, input B, input C, output YS, output YC );
    assign YS = (A ^ B) ^ C;
    assign YC = (A & B) | (B & C) | (A & C);
endmodule